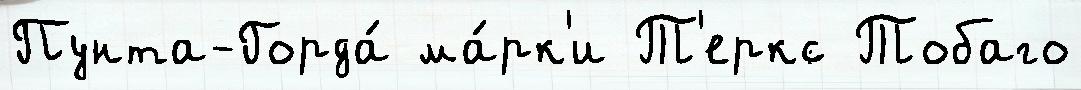
Пунта-Горда́ ма́рк'и Т'еркс Тобаго